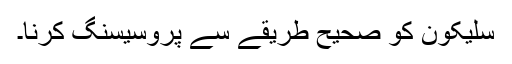
سلیکون کو صحیح طریقے سے پروسیسنگ کرنا۔